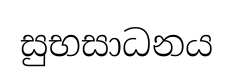
සුභසාධනය